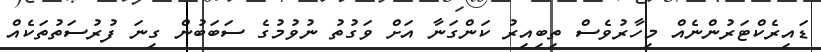
ޑައިރެކްޓަރުންނެއް މިހާރުވެސް ތިބިއިރު ކަންގަނާ އަށް ވަގުތު ނުވުމުގެ ސަބަބުން ގިނަ ފުރުސަތުތަކެއް